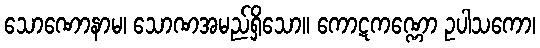
သောဏောနာမ၊ သောဏအမည်ရှိသော။ ကောဋကဏ္ဏော ဥပါသကော၊